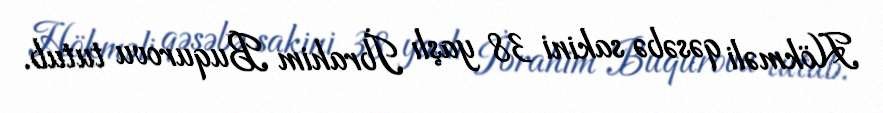
Hökməli qəsəbə sakini 38 yaşlı İbrahim Buqurovu tutub.